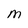
Character: M